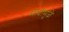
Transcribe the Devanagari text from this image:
मोदींमुळे